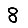
Digit: 8